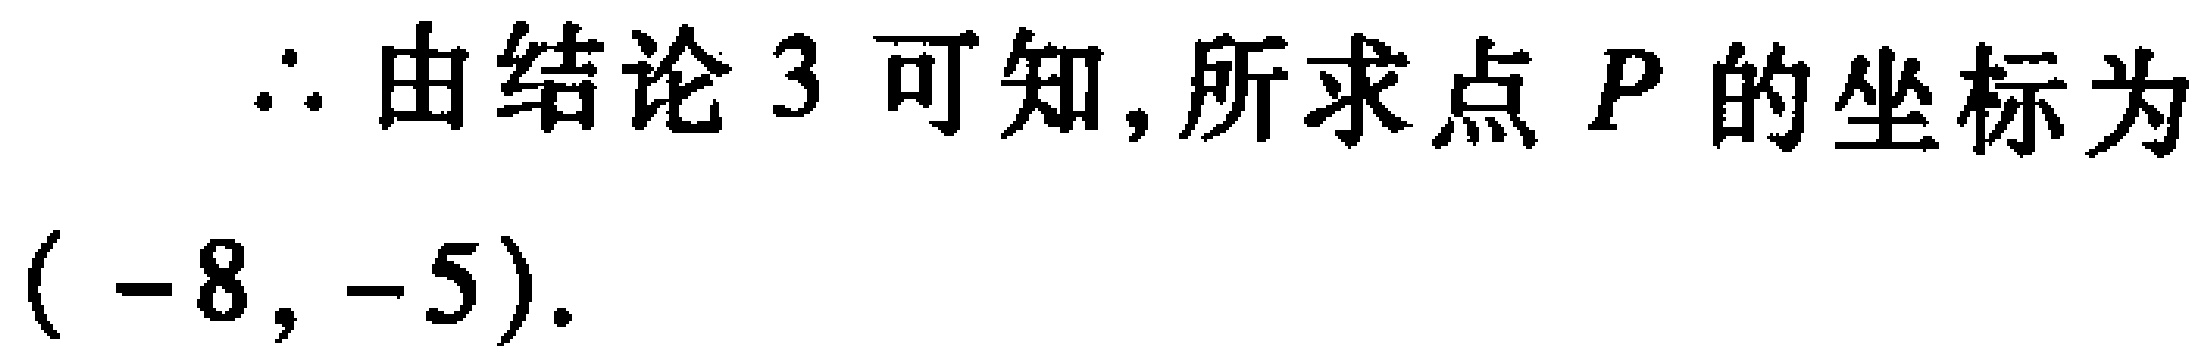
\(\therefore\)由结论\(3\)可知,所求点\(P\)的坐标为\((-8,-5)\).